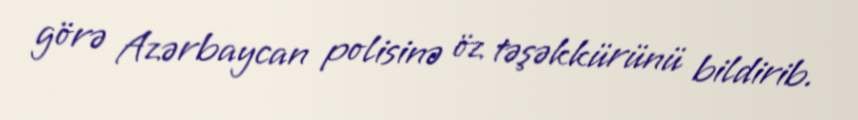
görə Azərbaycan polisinə öz təşəkkürünü bildirib.